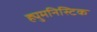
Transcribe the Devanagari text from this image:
ह्युमनिस्टिक